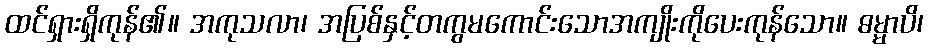
ထင်ရှားရှိကုန်၏။ အကုသလာ၊ အပြစ်နှင့်တကွမကောင်းသောအကျိုးကိုပေးကုန်သော။ ဓမ္မာပိ၊